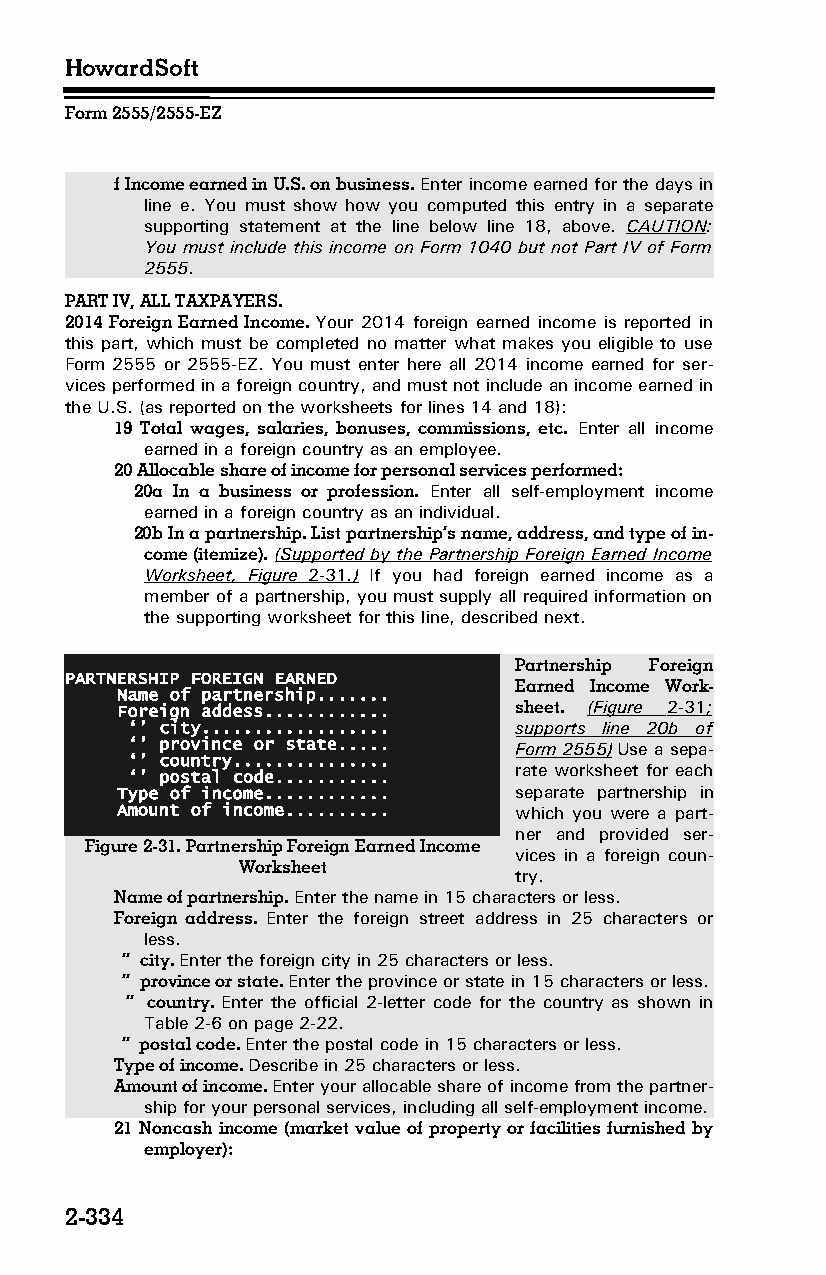
HowardSoft
 Form 2555/2555-EZ
 f Income earned in U.S. on business. Enter income earned for the days in
 line e. You must show how you computed this entry in a separate
 supporting statement at the line below line 18, above. CAUTION:
 You must include this income on Form 1040 but not Part IV of Form
 2555.
 PART IV, ALL TAXPAYERS.
 2014 Foreign Earned Income. Your 2014 foreign earned income is reported in
 this part, which must be completed no matter what makes you eligible to use
 Form 2555 or 2555-EZ. You must enter here all 2014 income earned for ser­
 vices performed in a foreign country, and must not include an income earned in
 the U.S. (as reported on the worksheets for lines 14 and 18):
 19 Total wages, salaries, bonuses, commissions, etc. Enter all income
 earned in a foreign country as an employee.
 20 Allocable share of income for personal services performed:
 20a In a business or profession. Enter all self-employment income
 earned in a foreign country as an individual.
 20b In a partnership. List partnership’s name, address, and type of in­
 come (itemize). (Supported by the Partnership Foreign Earned Income
 Worksheet, Figure 2-31 .) If you had foreign earned income as a
 member of a partnership, you must supply all required information on
 the supporting worksheet for this line, described next.
 Partnership Foreign
 PARTNERSHIP FOREIGN EARNED
 Earned Income Work­
 Name of partnership.......
 Foreign addess............ sheet. (Figure 2-31 ;
 ‘’ city.................. supports line 20b of
 ‘’ province or state..... Form 2555) Use a sepa­
 ‘’ country...............
 rate worksheet for each
 ‘’ postal code...........
 Type of income............ separate partnership in
 Amount of income.......... which you were a part­
 ner and provided ser­
 Figure 2-31. Partnership Foreign Earned Income
 vices in a foreign coun­
 Worksheet
 try.
 Name of partnership. Enter the name in 15 characters or less.
 Foreign address. Enter the foreign street address in 25 characters or
 less.
 ‘’ city. Enter the foreign city in 25 characters or less.
 ‘’ province or state. Enter the province or state in 15 characters or less.
 ‘’ country. Enter the official 2-letter code for the country as shown in
 Table 2-6 on page 2-22.
 ‘’ postal code. Enter the postal code in 15 characters or less.
 Type of income. Describe in 25 characters or less.
 Amount of income. Enter your allocable share of income from the partner­
 ship for your personal services, including all self-employment income.
 21 Noncash income (market value of property or facilities furnished by
 employer):
 2-334